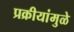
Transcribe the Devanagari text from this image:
प्रक्रीयांमुळे